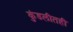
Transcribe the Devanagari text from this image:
कुंडलीतही